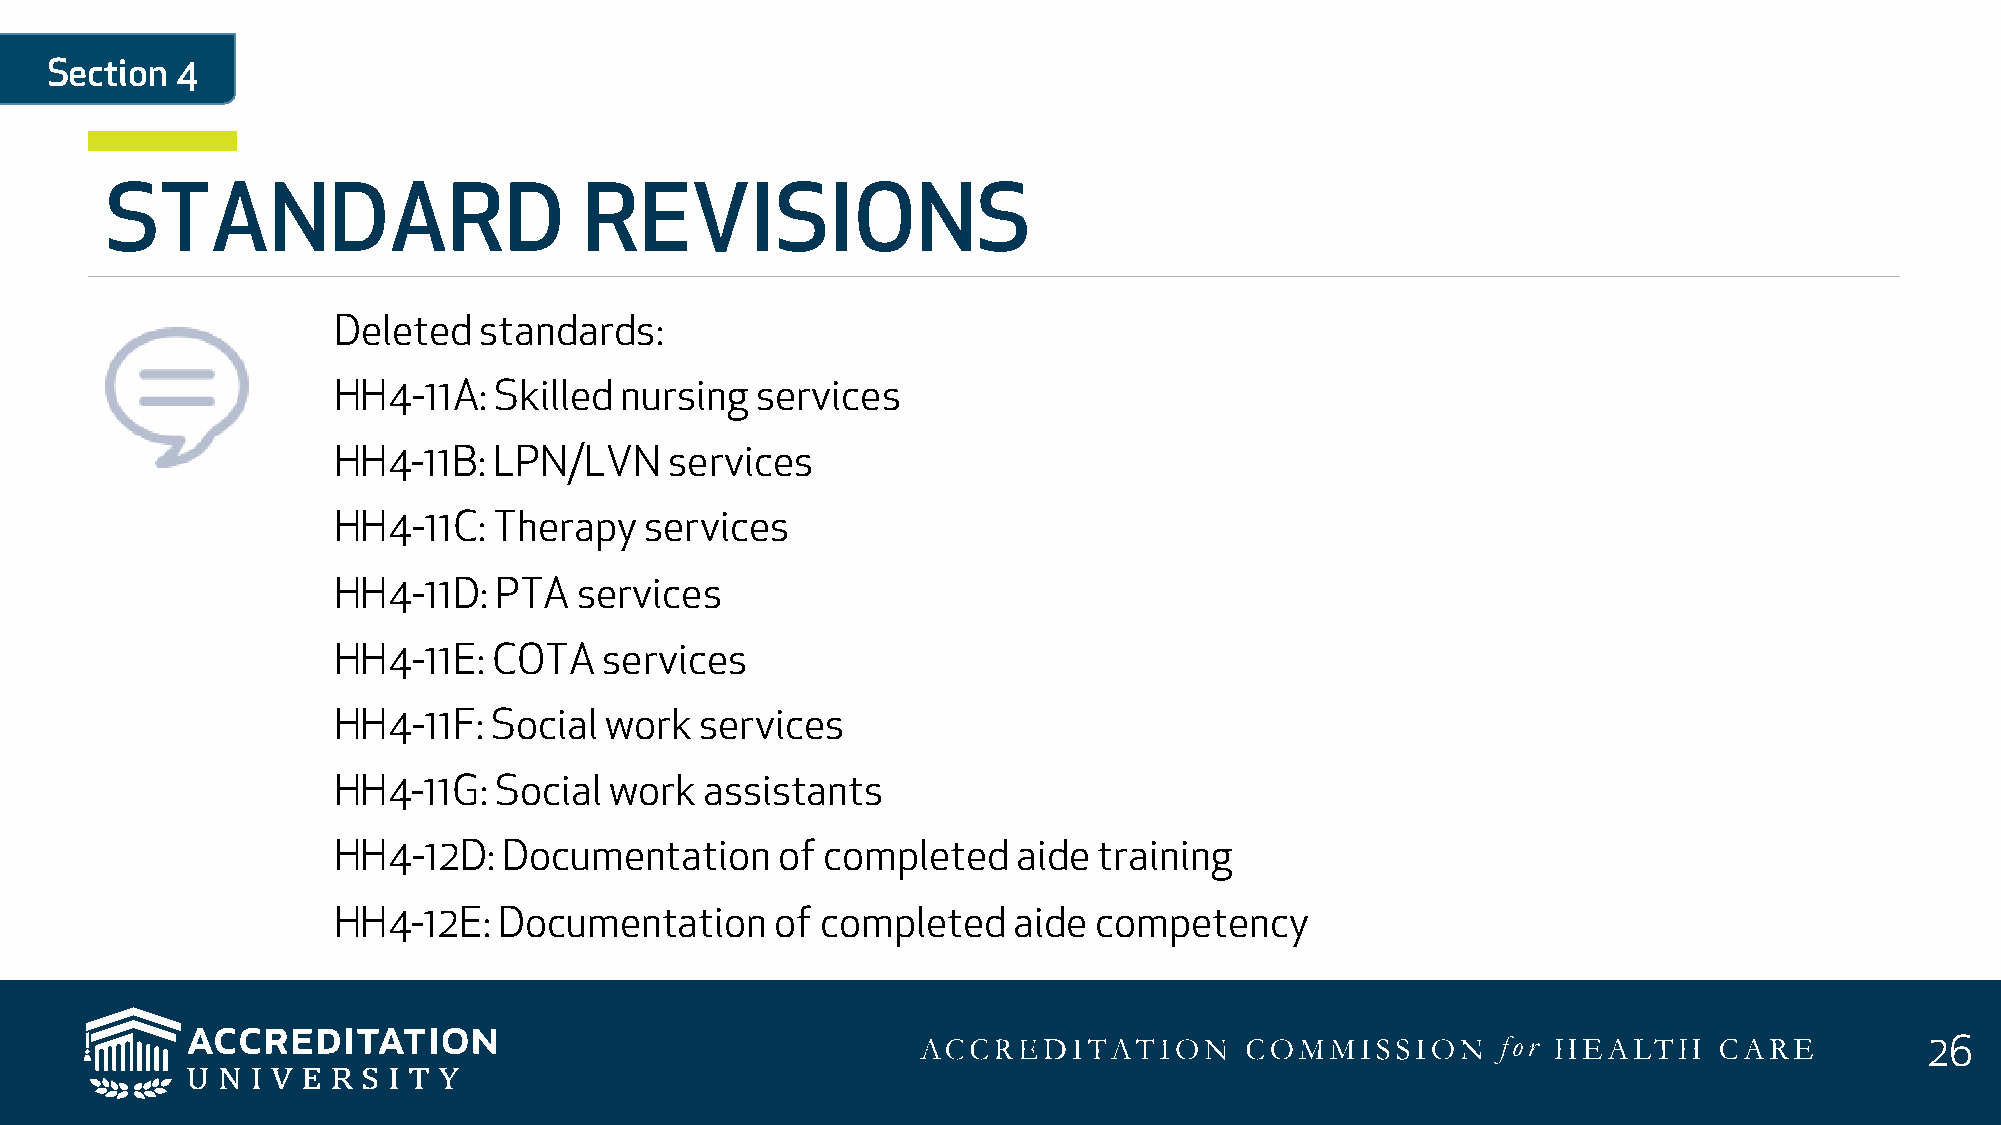
Section  4
 STANDARD                        REVISIONS
 Deleted   standards:
 HH4-11A:   Skilled nursing  services
 HH4-11B:   LPN/LVN    services
 HH4-11C:   Therapy   services
 HH4-11D:   PTA  services
 HH4-11E:   COTA   services
 HH4-11F:  Social  work  services
 HH4-11G:   Social work   assistants
 HH4-12D:   Documentation      of completed   aide  training
 HH4-12E:   Documentation     of completed    aide competency
 26